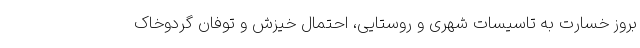
بروز خسارت به تاسیسات شهری و روستایی، احتمال خیزش و توفان گردوخاک